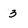
Character: 3